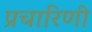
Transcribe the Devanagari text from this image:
प्रचारिणी